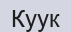
Куук